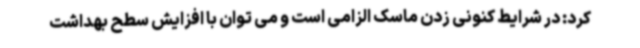
کرد: در شرایط کنونی زدن ماسک الزامی است و می توان با افزایش سطح بهداشت